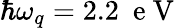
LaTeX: \hbar\omega_{q}=2.2~\mathrm{~e~V~}